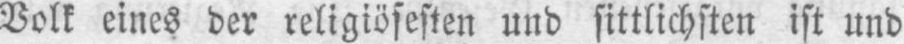
Volk eines der religiösesten und sittlichsten ist und